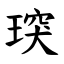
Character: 㻠